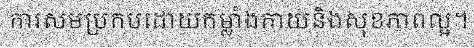
ការសមប្រកបដោយកម្លាំងកាយនិងសុខភាពល្អ។